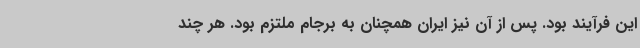
این فرآیند بود. پس از آن نیز ایران همچنان به برجام ملتزم بود. هر چند